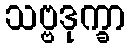
သဗ္ဗဒုက္ခာ